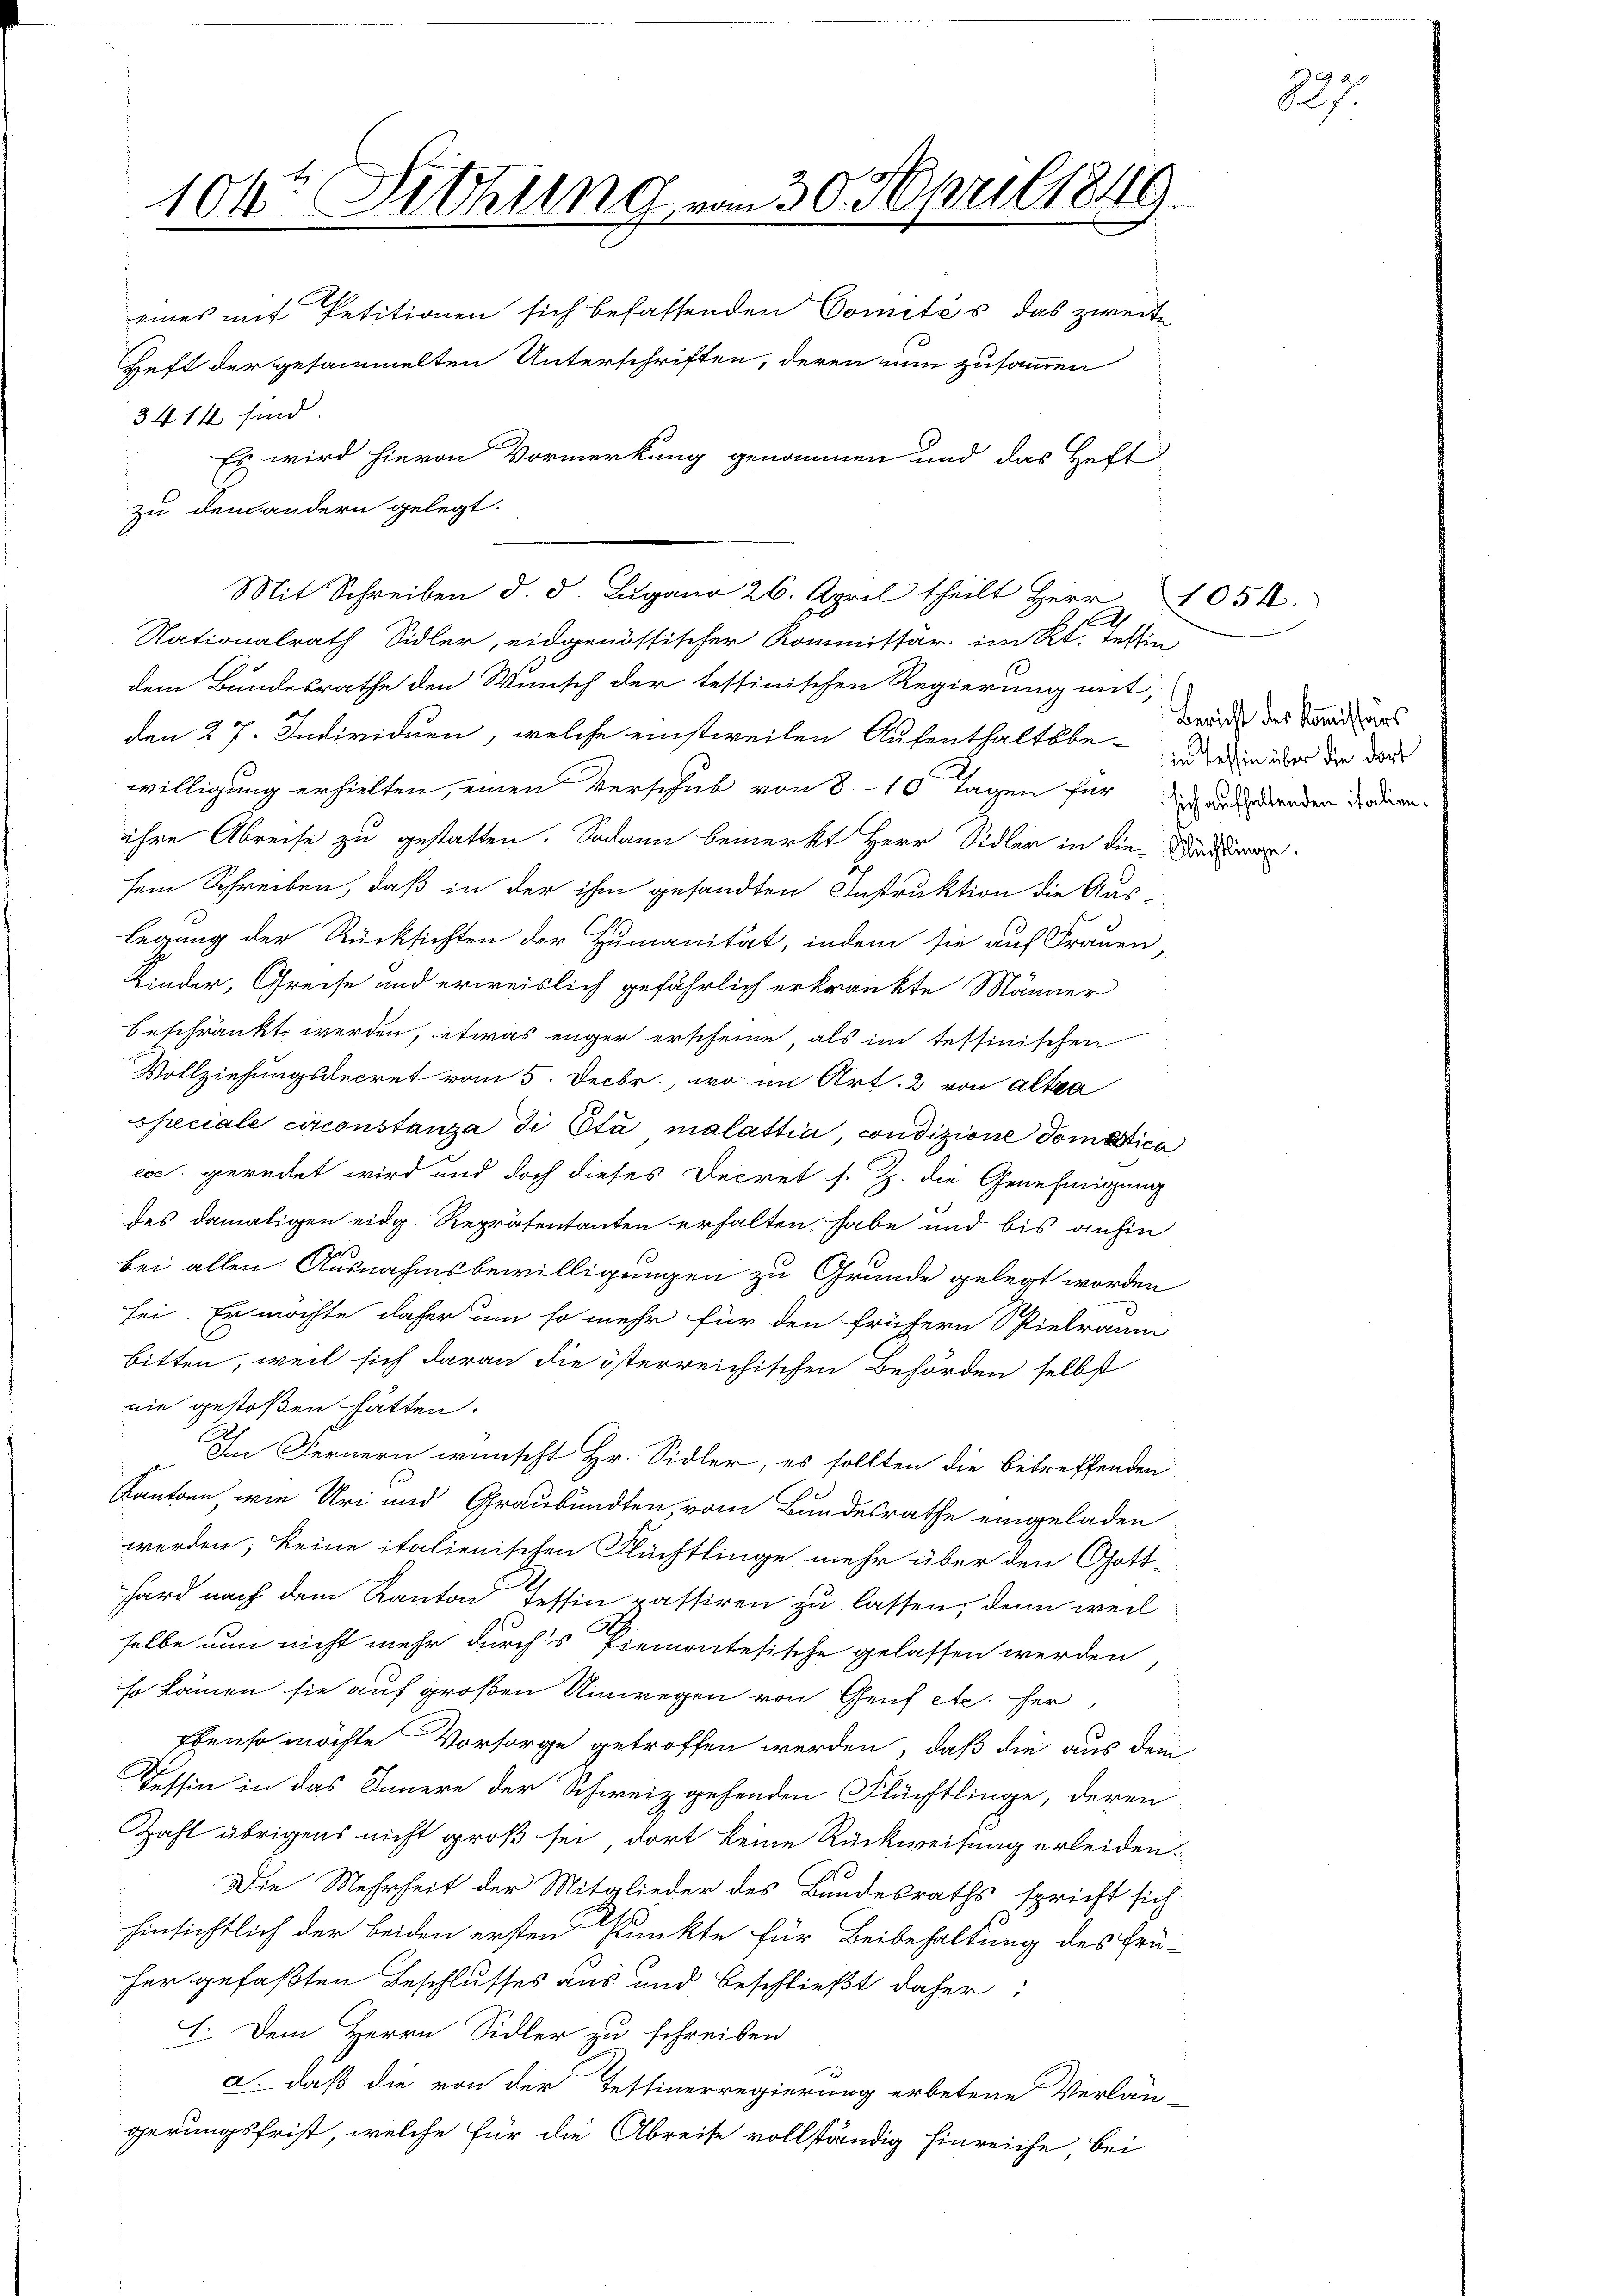
104te Sitzung vom 30. April 1849.

3414 sind.
Nationalrath Sidler, eidgenössischer Kommissär im Kt. Tessin
dem Bundesrathe den Wunsch der testinischen Regierung mit,
den 27. Individuen, welche einstweilen Aufenthaltsbe¬   die über die dar
willigung erhielten, einen Verschub von 8-10 Tagen für Wandenden Frauen-
ihre Abreise zu gestatten. Sodann bemerkt Herr Sidler in die Sandsem Schreiben, daß in der ihm gesandten Instruktion die Auslegung der Rücksichten der Humanität, indem sie auf Frauen-
Kinder, Greise und erweislich gefährlich erkränkte Männer
beschränkt werden, etwas enger erscheine, als im tessinischen
Vollziehungsdecret vom 5. Decbr., wo im Art. 2 von alten
speciale circonstanza di Eta malattia, condizione Tomatica
ecc. geredet wird und doch dieses Decret s. Z. die Genehmigung
des damaligen eidg. Repräsentanten erhalten, habe und bis anfin
bei allen Ausnahmsbewilligungen zu Grunde gelegt worden
sei. Er möchte daher um so mehr für den frühern Spielraum
bitten, weil sich daran die österreichischen Behörden selbst
nie gestoßen hätten.
Im Fernern wünscht Hr. Sidler, es sollten die betreffenden
Kantone, wie Uri und Graubünden, vom Bundesrathe eingeladen
werden, keine italienischen Flüchtlinge mehr über den Gott-
hard nach dem Kanton Tessin passiren zu lassen, denn weil
selbe nun nicht mehr durch's Piemontesische gelassen werden,
so kämen sie auf großen Umwegen von Genf etc. her
Ebenso möchte Vorsorge getroffen werden, daß die aus dem
Tessin in das Innere der Schweiz gehenden Flüchtlinge, deren
Zahl übrigens nicht groß sei, dort keine Rückweisung erleiden.
Die Mehrheit der Mitglieder des Bundesraths spricht sich
hinsichtlich der beiden ersten Punkte für Beibehaltung des frü-
her gefaßten Beschlusses aus und beschließt daher:
I. Dem Herrn Sidler zu schreiben
a. daß die von der Tessinerregierung erbetene Verlän
gerungsfrist, welche für die Abreise vollständig hinreiche, bei

zu dem andern gelegt.

eines mit Petitionen sich befassenden Comités das zweite
Heft der gesammelten Unterschriften, deren nun zusammen
 Es wird hievon Vormerkung genommen und das Heft

Mit Schreiben d. d. Lugano 26. April theilt Herr 1051.

Bericht der Kommissions

227.